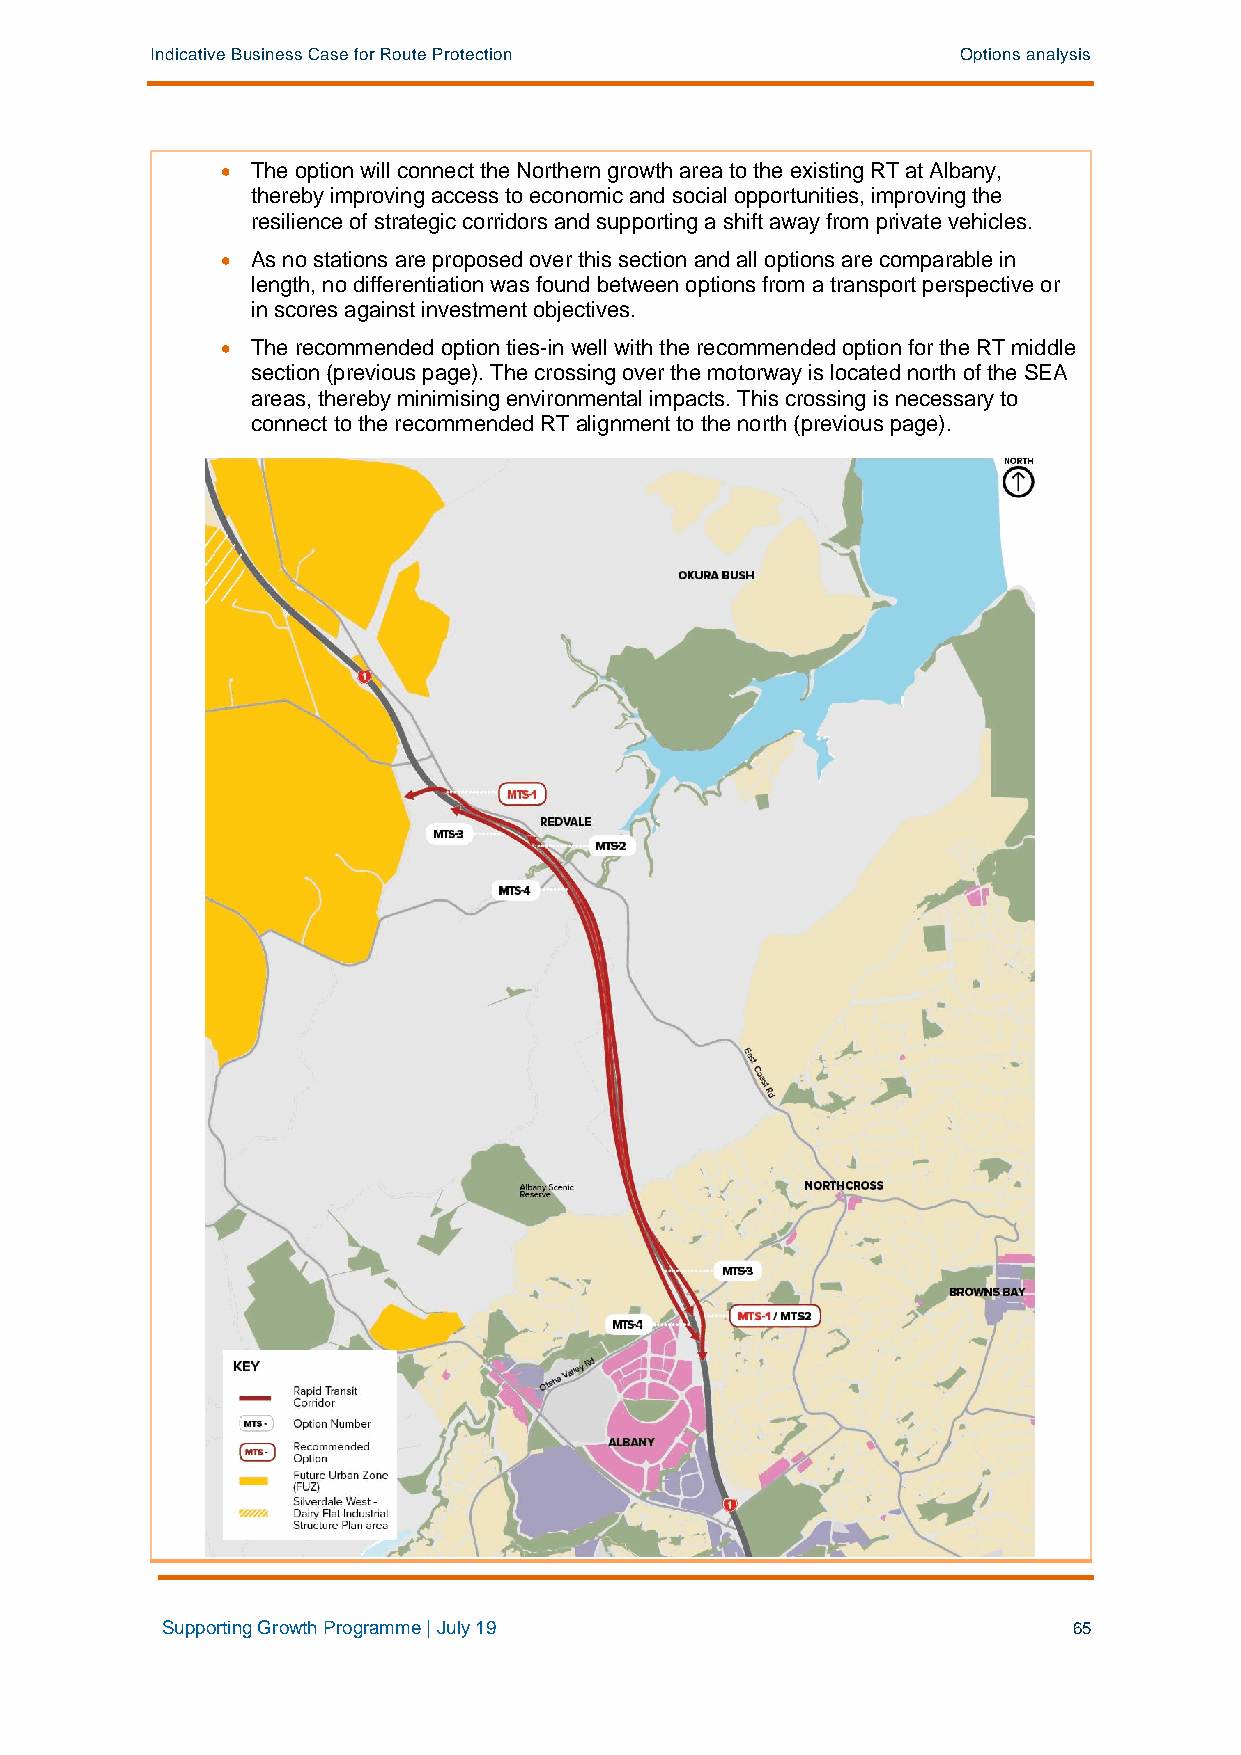
Indicative Business Case for Route Protection         Options analysis
 • The option will connect the Northern growth area to the existing RT at Albany,
 thereby improving access to economic and social opportunities, improving the
 resilience of strategic corridors and supporting a shift away from private vehicles.
 • As no stations are proposed over this section and all options are comparable in
 length, no differentiation was found between options from a transport perspective or
 in scores against investment objectives.
 • The recommended option ties-in well with the recommended option for the RT middle
 section (previous page). The crossing over the motorway is located north of the SEA
 areas, thereby minimising environmental impacts. This crossing is necessary to
 connect to the recommended RT alignment to the north (previous page).
 Supporting Growth Programme | July 19                       65